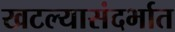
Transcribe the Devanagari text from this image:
खटल्यासंदर्भात